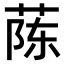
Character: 𫈟